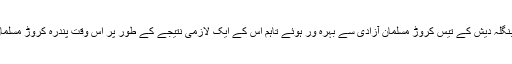
تقسیمِ برصغیر کے نتیجے میں پاکستان اور بنگلہ دیش کے تیس کروڑ مسلمان آزادی سے بہرہ ور ہوئے تاہم اس کے ایک لازمی نتیجے کے طور پر اس وقت پندرہ کروڑ مسلمان اقلیت کی حیثیت سے بھارت میں مقیم ہیں۔